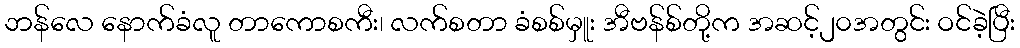
ဘန်လေ နောက်ခံလူ တာကောစကီး၊ လက်စတာ ခံစစ်မှူး အီဗန်စ်တို့က အဆင့်၂၀အတွင်း ဝင်ခဲ့ပြီး